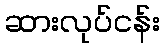
ဆားလုပ်ငန်း